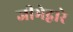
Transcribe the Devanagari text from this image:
जीभेद्वारे